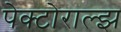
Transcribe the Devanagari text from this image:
पेक्टोराल्झ